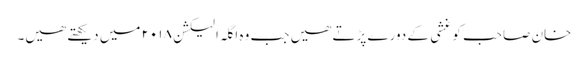
خان صاحب کو غشی کے دورے پڑتے ھیں جب وہ اگلہ الیکشن ۲۰۱۸ میں دیکھتے ھیں۔